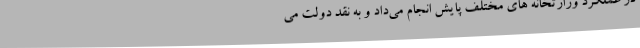
در عملکرد وزارتخانه های مختلف پایش انجام می‌داد و به ‌نقد دولت می